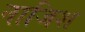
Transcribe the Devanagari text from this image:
नाजिश